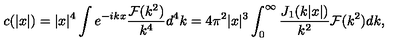
c ( | x | ) = | x | ^ { 4 } \int e ^ { - i k x } \frac { { \cal F } ( k ^ { 2 } ) } { k ^ { 4 } } d ^ { 4 } k = 4 \pi ^ { 2 } | x | ^ { 3 } \int _ { 0 } ^ { \infty } \frac { J _ { 1 } ( k | x | ) } { k ^ { 2 } } { \cal F } ( k ^ { 2 } ) d k ,